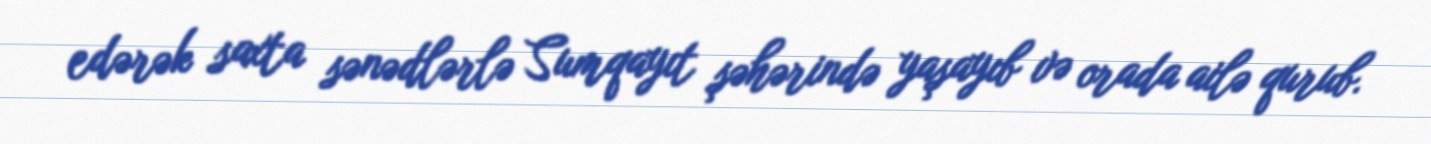
edərək saxta sənədlərlə Sumqayıt şəhərində yaşayıb və orada ailə qurub.